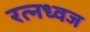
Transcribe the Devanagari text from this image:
रत्नध्वज